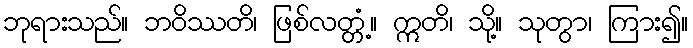
ဘုရားသည်။ ဘဝိဿတိ၊ ဖြစ်လတ္တံ့။ ဣတိ၊ သို့။ သုတွာ၊ ကြား၍။